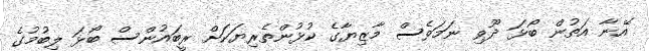
އޭނާ އަތުން ބޯޅަ ދޫވި ނަމަވެސް މާޒިޔާގެ ކުޅުންތެރިޔަކަށް ރީބައުންސް ބޯޅަ ލިބުމުގެ